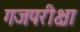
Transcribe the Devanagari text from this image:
गजपरीक्षा